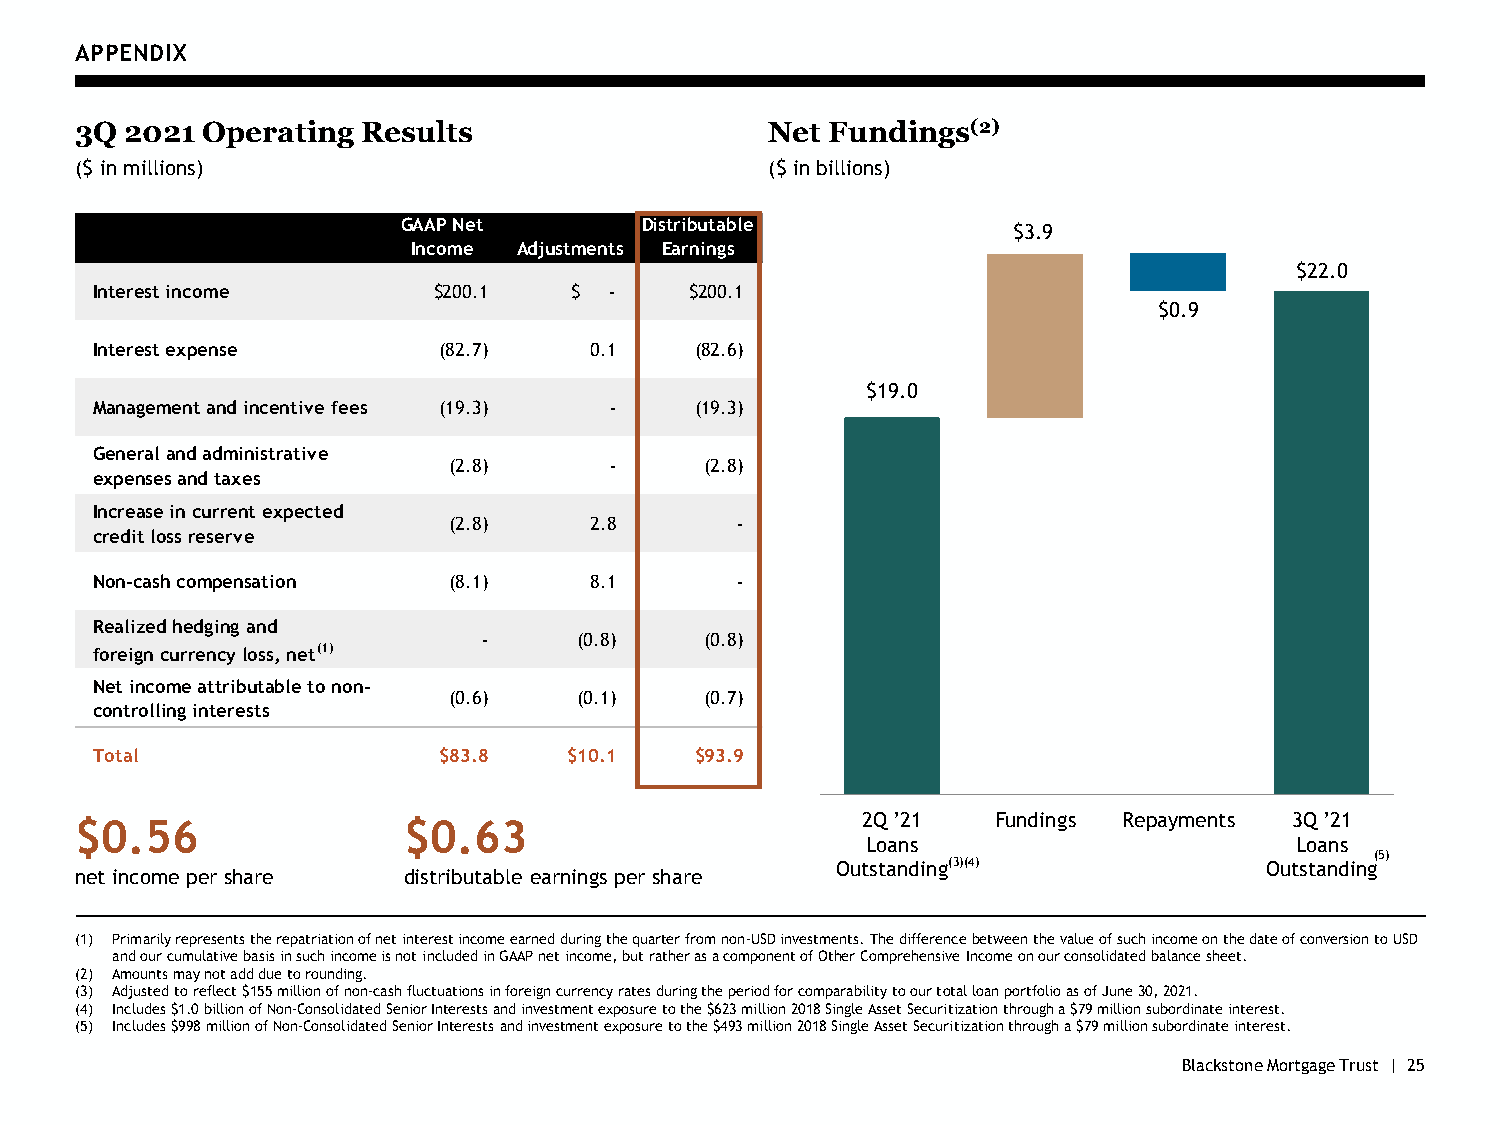
APPENDIX
 3Q 2021 Operating  Results                    Net Fundings(2)
 ($ in millions)                               ($ in billions)
 $3.9
 $22.0
 $0.9
 $19.0
 $0.56                 $0.63                         2Q ’21   Fundings Repayments 3Q ’21
 Loans                        Loans
 (5)
 Outstanding(3)(4)            Outstanding
 net income per share  distributable earnings per share
 (1) Primarily represents the repatriation of net interest income earned during the quarter from non-USD investments. The difference between the value of such income on the date of conversion to USD
 and our cumulative basis in such income is not included in GAAP net income, but rather as a component of Other Comprehensive Income on our consolidated balance sheet.
 (2) Amounts may not add due to rounding.
 (3) Adjusted to reflect $155 million of non-cash fluctuations in foreign currency rates during the period for comparability to our total loan portfolio as of June 30, 2021.
 (4) Includes $1.0 billion of Non-Consolidated Senior Interests and investment exposure to the $623 million 2018 Single Asset Securitization through a $79 million subordinate interest.
 (5) Includes $998 million of Non-Consolidated Senior Interests and investment exposure to the $493 million 2018 Single Asset Securitization through a $79 million subordinate interest.
 Blackstone Mortgage Trust | 25
 In t e r e s t in c o m e
 In t e r e s t e x p e n s e
 M a n a g e m e n t a n d in c e n t iv
 G e n e r a l a n d a d m in is t r a t ive
 x p e n s e s a n d t a x e s
 In c r e a s e in c u r r e n t e x p e cc
 r e d it lo s s r e s e r v e
 N o n - c a s h c o m p e n s a t io n
 R e a liz e d h e d g in g a n d
 f o r e ig n c u r r e n c y lo s s , n e t
 N e t in c o m e a t t r ib u t a b le tc
 o n t r o llin g in t e r e s t s
 T o t a l
 e f e e s
 e
 t e d
 (1 )
 o n o n -
 G AIn Ac P N e to
 m e
 $ 2 0 0 . 1
 ( 8 2 . 7 )
 ( 1 9 . 3 )
 ( 2 . 8 )
 ( 2 . 8 )
 ( 8 . 1 )
 -
 ( 0 . 6 )
 $ 8 3 . 8
 A d j u s t m e n t
 $ -
 0 . 1
 -
 -
 2 . 8
 8 . 1
 ( 0 . 8 )
 ( 0 . 1 )
 $ 1 0 . 1
 s
 D is t rE
 a
 ib u t a b ler
 n in g s
 $ 2 0 0 . 1
 ( 8 2 . 6 )
 ( 1 9 . 3 )
 ( 2 . 8 )
 -
 -
 ( 0 . 8 )
 ( 0 . 7 )
 $ 9 3 . 9